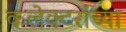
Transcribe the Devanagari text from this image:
कलेक्टरांच्या